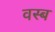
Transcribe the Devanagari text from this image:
वस्ब